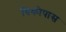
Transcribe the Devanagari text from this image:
विकोपास